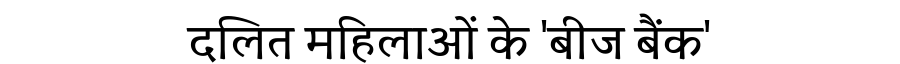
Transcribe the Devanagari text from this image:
दलित महिलाओं के 'बीज बैंक'